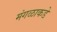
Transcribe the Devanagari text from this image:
मंगळाकडे